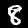
Label: 8